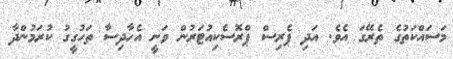
މަސައްކަތުގެ ތެރޭގަ އެވެ. އަދި ޕެރިސް ޕްރޮސެކިއުޓަރުން ވަނީ އެހާދިސާ ތަހުގީގު ކުރަމުންދާ